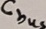
Text: Cbus